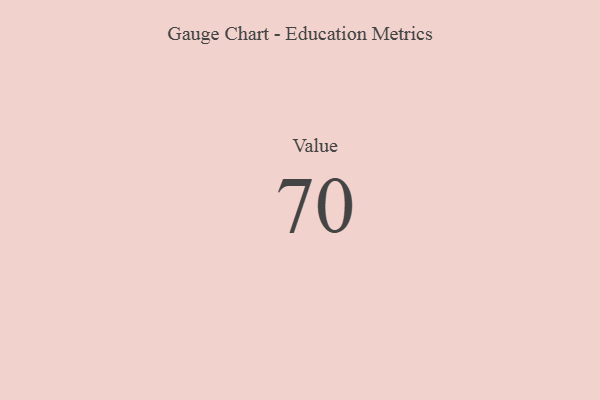
{"axis": {"x": "Metric", "y": "Value"}, "legend": [""], "data": [{"x": "Value", "y": 70, "type": ""}]}